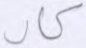
كاد